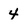
Character: 4